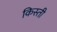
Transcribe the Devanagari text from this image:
किस्‍ती